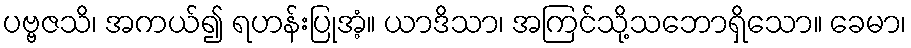
ပဗ္ဗဇသိ၊ အကယ်၍ ရဟန်းပြုအံ့။ ယာဒိသာ၊ အကြင်သို့သဘောရှိသော။ ခေမာ၊